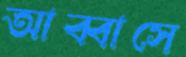
আব্বাসে